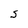
Character: S